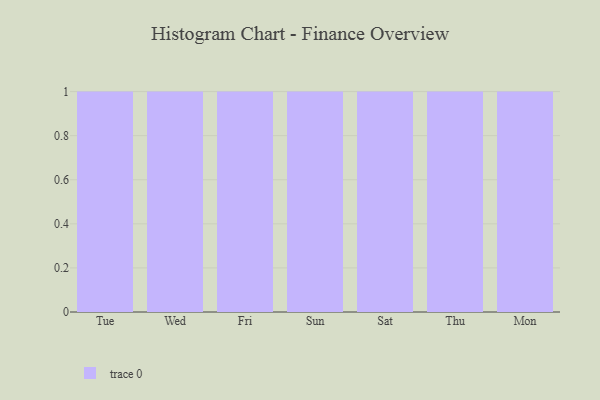
{"axis": {"x": "Day", "y": "Budget (USD K)"}, "legend": [""], "data": [{"x": "Tue", "y": 43, "type": ""}, {"x": "Wed", "y": 32, "type": ""}, {"x": "Fri", "y": 40, "type": ""}, {"x": "Sun", "y": 99, "type": ""}, {"x": "Sat", "y": 67, "type": ""}, {"x": "Thu", "y": 44, "type": ""}, {"x": "Mon", "y": 57, "type": ""}]}